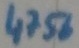
Text: 4756